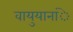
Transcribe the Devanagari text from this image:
वायुयानांे